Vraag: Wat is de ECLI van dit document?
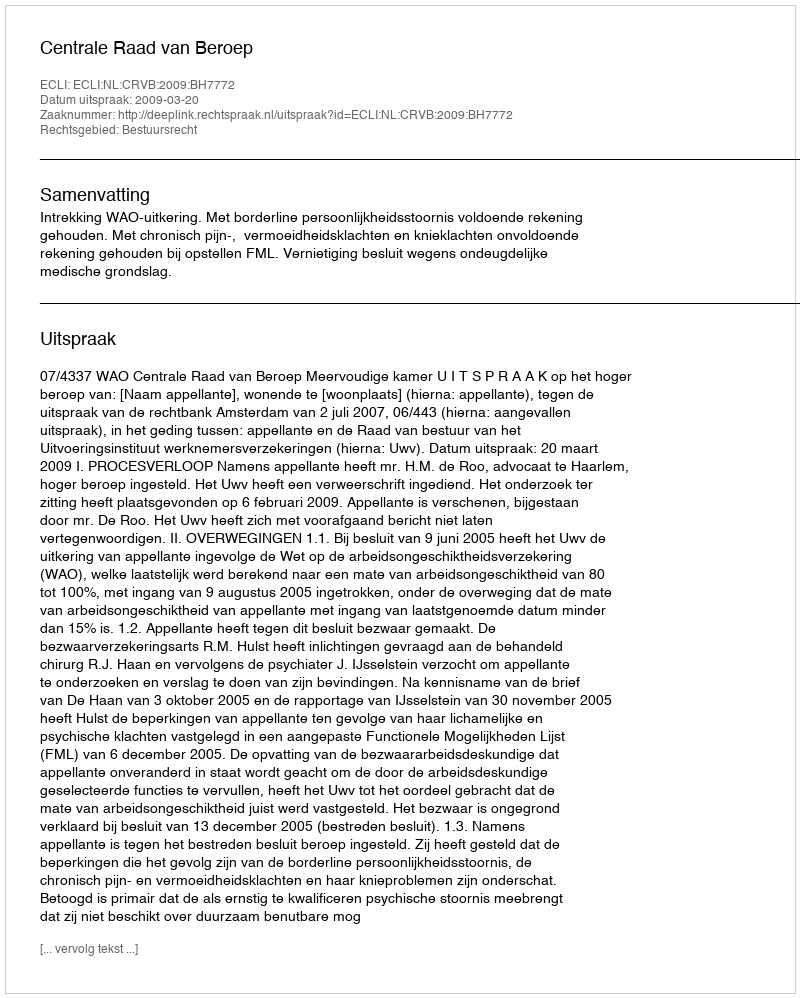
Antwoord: ECLI:NL:CRVB:2009:BH7772